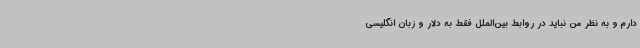
دارم و به نظر من نباید در روابط بین‌الملل فقط به دلار و زبان انگلیسی